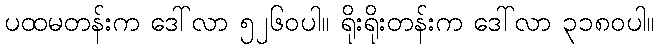
ပထမတန်းက ဒေါ်လာ ၅၂၆၀ပါ။ ရိုးရိုးတန်းက ဒေါ်လာ ၃၁၈၀ပါ။